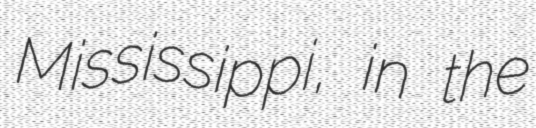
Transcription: Mississippi, in the